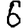
Digit: 6